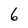
Character: 6